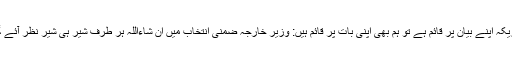
امریکہ اپنے بیان پر قائم ہے تو ہم بھی اپنی بات پر قائم ہیں: وزیر خارجہ ضمنی انتخاب میں ان شاءاللہ ہر طرف شیر ہی شیر نظر آئے گا ۔